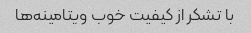
با تشکر از کیفیت خوب ویتامینه‌ها